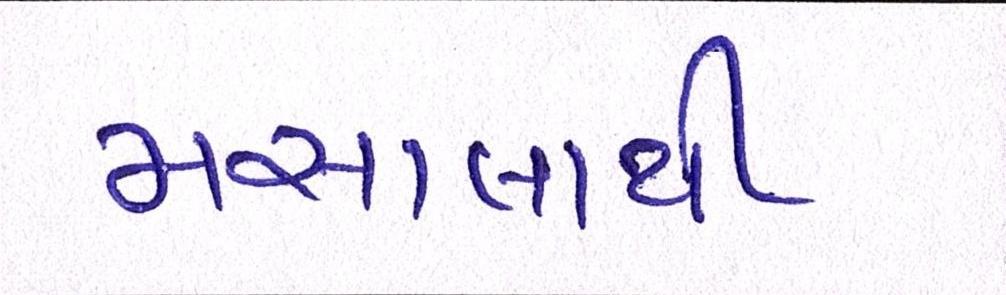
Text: મસાલાથી